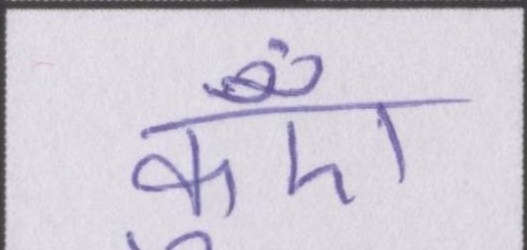
कुएँ